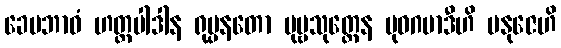
ခေမဘာဝံ ဟတ္ထပါဒါန ရုပ္ပနတော ပုဗ္ဗသုတ္တေန ဗုဓဂမာဒီဟိ မနုဇေဟိ